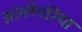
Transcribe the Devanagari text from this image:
अल्लेगरिया